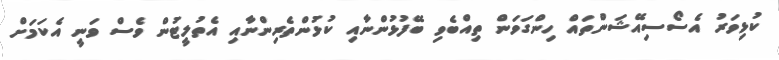
ކުޅިވަރު އެސޯސިއޭޝަންތައް ހިންގަވަން ތިއްބެވި ބޭފުޅުންނާއި ކުޅުންތެރިންނާއި އެތުލީޓުން ވެސް ވަނީ އެކަމަށް